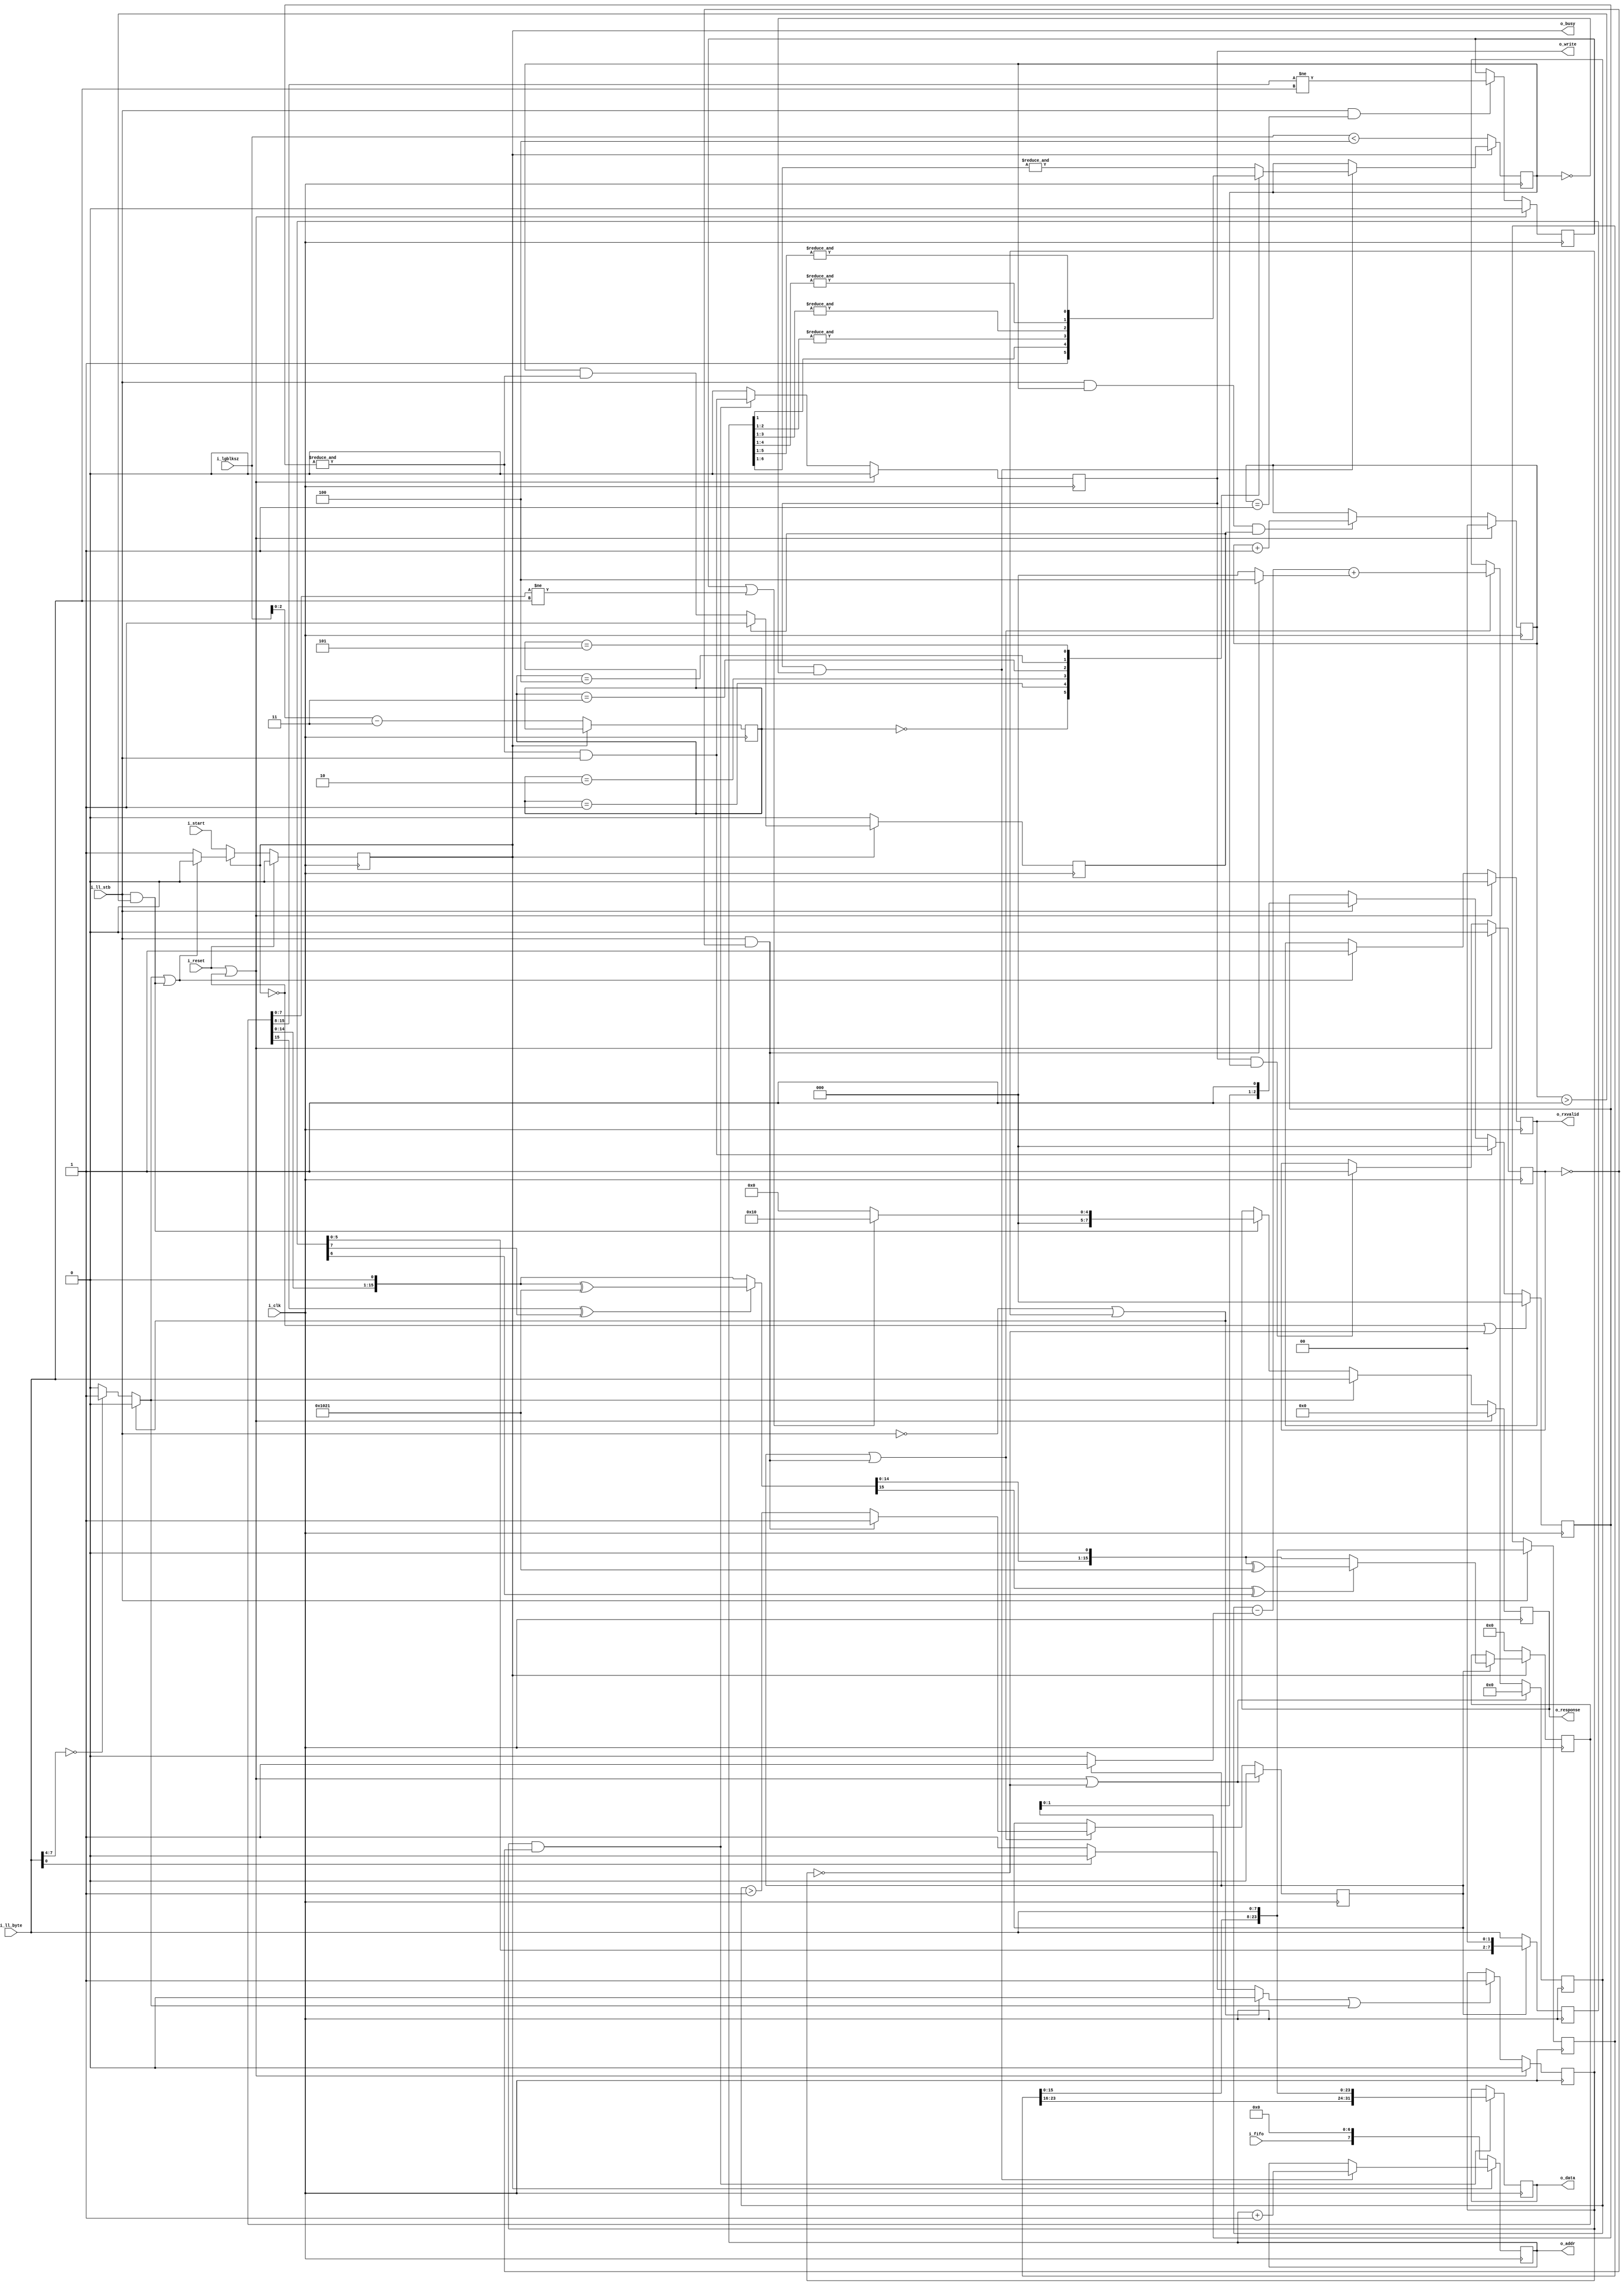
////////////////////////////////////////////////////////////////////////////////
//
//
// Project:	SD-Card controller, using a shared SPI interface
//
// Purpose:	To handle all of the processing associated with receiving data
//		from an SD card via the lower-level SPI processor, and then
//	issuing write commands to our internal memory store (external to this
//	module).
//
// Creator:	Dan Gisselquist, Ph.D.
//		Gisselquist Technology, LLC
//
////////////////////////////////////////////////////////////////////////////////
//
// Copyright (C) 2019-2020, Gisselquist Technology, LLC
//
// This program is free software (firmware): you can redistribute it and/or
// modify it under the terms of  the GNU General Public License as published
// by the Free Software Foundation, either version 3 of the License, or (at
// your option) any later version.
//
// This program is distributed in the hope that it will be useful, but WITHOUT
// ANY WARRANTY; without even the implied warranty of MERCHANTIBILITY or
// FITNESS FOR A PARTICULAR PURPOSE.  See the GNU General Public License
// for more details.
//
// You should have received a copy of the GNU General Public License along
// with this program.  (It's in the $(ROOT)/doc directory, run make with no
// target there if the PDF file isn't present.)  If not, see
// <http://www.gnu.org/licenses/> for a copy.
//
// License:	GPL, v3, as defined and found on www.gnu.org,
//		http://www.gnu.org/licenses/gpl.html
//
//
////////////////////////////////////////////////////////////////////////////////
//
//
`default_nettype none
//
module spirxdata(i_clk, i_reset, i_start, i_lgblksz, i_fifo, o_busy,
		i_ll_stb, i_ll_byte,
		o_write, o_addr, o_data,
		o_rxvalid, o_response);
	parameter	DW = 32, AW = 8;
	localparam	CRC_POLYNOMIAL = 16'h1021;
	//
	input	wire		i_clk, i_reset;
	//
	input	wire		i_start;
	input	wire	[3:0]	i_lgblksz;
	input	wire		i_fifo;
	output	reg		o_busy;
	//
	input	wire		i_ll_stb;
	input	wire [7:0]	i_ll_byte;
	//
	output	reg 		o_write;
	output	reg [AW-1:0]	o_addr;
	output	reg [DW-1:0]	o_data;
	//
	output	reg 		o_rxvalid;
	output	reg [7:0]	o_response;


	reg		error_token, start_token, token, received_token, done,
			lastaddr;
	reg		all_mem_written, lastdata;

	reg	[1:0]	crc_byte;
	reg	[2:0]	r_lgblksz_m3;
	reg	new_data_byte;
	reg	[3:0]	crc_fill;
	reg	[7:0]	crc_gearbox;
	reg	[15:0]	next_crc_data;
	reg	[15:0]	crc_data;
	reg		crc_err, crc_active;
	reg	[2:0]	fill;
	reg	[23:0]	gearbox;


	always @(*)
	begin
		error_token = 0;

		if (i_ll_byte[7:4] == 0)
			error_token = 1;
		if (!i_ll_stb || received_token)
			error_token = 0;
	end

	always @(*)
	begin
		start_token = 0;

		if (!i_ll_byte[0])
			start_token = 1;
		if (!i_ll_stb || received_token)
			start_token = 0;
	end

	always @(*)
		token = (start_token || error_token);

	always @(*)
		done = (i_ll_stb && (crc_byte>1));


	initial	received_token = 0;
	always @(posedge i_clk)
	if (i_reset || !o_busy)
		received_token <= 0;
	else if (token)
		received_token <= 1;

	initial	o_busy = 0;
	always @(posedge i_clk)
	if (i_reset)
		o_busy <= 0;
	else if (!o_busy)
		o_busy <= i_start;
	else if (error_token || done)
		o_busy <= 0;

	initial	o_rxvalid = 0;
	always @(posedge i_clk)
	if (i_reset || !o_busy)
		o_rxvalid <= 0;
	else if (error_token || done)
		o_rxvalid <= 1;

	initial	o_response = 0;
	always @(posedge i_clk)
	if (i_reset || !o_busy)
		o_response <= 0;
	else if (error_token)
		o_response <= i_ll_byte;
	else if (done)
		o_response <= (crc_err || (crc_data[7:0] != i_ll_byte)) ? 8'h10 : 0;

	initial	o_write = 0;
	always @(posedge i_clk)
	if (i_reset || !o_busy)
		o_write <= 0;
	else if (received_token && !all_mem_written)
		o_write <= (&fill) && i_ll_stb;
	else
		o_write <= 0;

	initial	o_write = 0;
	always @(posedge i_clk)
	if (received_token && !all_mem_written)
		o_data <= { gearbox, i_ll_byte };

	always @(posedge i_clk)
	if (!o_busy)
		o_addr <= { i_fifo, {(AW-1){1'b0}} };
	else if (o_write && !lastaddr)
		o_addr <= o_addr + 1;

	initial	fill = 0;
	always @(posedge i_clk)
	begin
		if (i_ll_stb)
			gearbox <= { gearbox[15:0], i_ll_byte };

		if (!o_busy || !received_token)
			fill <= 0;
		else if ((&fill) && i_ll_stb)
			fill <= 0;
		else if (i_ll_stb)
			fill <= { fill[1:0], 1'b1 };
	end

	always @(posedge i_clk)
	if (!o_busy)
		lastdata <= 0;
	else if (!lastdata)
		lastdata <= (lastaddr && (&fill));

	initial	all_mem_written = 0;
	always @(posedge i_clk)
	if (i_reset || !o_busy)
		all_mem_written <= 0;
	else if (o_write && lastaddr)
		all_mem_written <= 1;

	initial	crc_byte = 0;
	always @(posedge i_clk)
	if (i_reset || !o_busy)
		crc_byte <= 0;
	else if (i_ll_stb && lastaddr && lastdata)
		crc_byte <= crc_byte + 1;

	initial	r_lgblksz_m3 = 0;
	initial	lastaddr = 0;
	always @(posedge i_clk)
	if (!o_busy)
	begin
		lastaddr <= (i_lgblksz < 4);
		// Verilator lint_off WIDTH
		r_lgblksz_m3 <= i_lgblksz-3;
		// Verilator lint_on WIDTH
	end else if (o_write && !lastaddr)
	begin
		case(r_lgblksz_m3)
		0: lastaddr <= 1;		//   8 bytes
		1: lastaddr <= (&o_addr[1:1]);	//  16 bytes
		2: lastaddr <= (&o_addr[2:1]);	//  32 bytes
		3: lastaddr <= (&o_addr[3:1]);	//  64 bytes
		4: lastaddr <= (&o_addr[4:1]);	// 128 bytes
		5: lastaddr <= (&o_addr[5:1]);	// 256 bytes
		default: lastaddr <= (&o_addr[6:1]);	// 512 bytes
		endcase
	end

	////////////////////////////////////////////////////////////////////////
	//
	// CRC calculation
	//

	always @(*)
		new_data_byte = (i_ll_stb && !all_mem_written);


	initial	crc_fill   = 0;
	initial	crc_active = 0;
	always @(posedge i_clk)
	if (i_reset || !o_busy || !received_token)
	begin
		crc_fill <= 0;
		crc_active <= 0;
	end else if (crc_active || new_data_byte)
	begin
		// Verilator lint_off WIDTH
		crc_fill <= crc_fill - (crc_active ? 1:0)
					+ (new_data_byte ? 4:0);
		// Verilator lint_on WIDTH
		if (new_data_byte)
			crc_active <= 1;
		else
			crc_active <= (crc_fill > 1);
	end

	always @(posedge i_clk)
	if (!crc_active)
		crc_gearbox <= i_ll_byte;
	else
		crc_gearbox <= { crc_gearbox[8-3:0], 2'b00 };


	reg	[15:0]	first_crc_data;

	always @(*)
	begin
		first_crc_data = crc_data << 1;;

		if (crc_data[15] ^ crc_gearbox[7])
			first_crc_data = first_crc_data ^ CRC_POLYNOMIAL;

		if (first_crc_data[15] ^ crc_gearbox[6])
			next_crc_data = (first_crc_data << 1) ^ CRC_POLYNOMIAL;
		else
			next_crc_data = (first_crc_data << 1);
	end

	initial	crc_data = 0;
	always @(posedge i_clk)
	if (!o_busy)
		crc_data <= 0;
	else if (crc_active)
		crc_data <= next_crc_data;

	initial	crc_err = 0;
	always @(posedge i_clk)
	if (i_reset || !o_busy)
		crc_err <= 0;
	else if (i_ll_stb && (crc_byte == 1))
		crc_err <= (crc_data[15:8] != i_ll_byte);
	// else if (i_ll_stb && (crc_byte == 2)
	//	crc_err <= (crc_data[7:0] != i_ll_byte);

`ifdef	FORMAL
`ifdef	SPIRXDATA
`define	ASSUME	assume
`else
`define	ASSUME	assert
`endif

	reg		f_past_valid;
	reg	[3:0]	f_lgblksz;
	wire	[3:0]	f_lgblksz_m3;
	reg		f_fifo;


	initial	f_past_valid = 0;
	always @(posedge i_clk)
		f_past_valid <= 1;

	// Reset check(s)
	always @(posedge i_clk)
	if (!f_past_valid || $past(i_reset))
	begin
		assert(!o_busy);
		assert(o_write  == 0);
	end

	always @(posedge i_clk)
	if (!f_past_valid || !$past(o_busy))
	begin
		assert(!o_rxvalid);
		assert(crc_fill == 0);
	end

	always @(*)
	if (!o_busy)
		assert(!o_write);

	////////////////////////////////////////////////////////////////////////
	//
	// Data assumptions
	//
	reg	[6:0]	f_last_read;

	initial	f_last_read = 0;
	always @(posedge i_clk)
	begin
		f_last_read <= f_last_read << 1;
		if (i_ll_stb)
			f_last_read[0] <= 1;
	end

`ifdef	VERIFIC
	always @(*)
		`ASSUME($onehot0({f_last_read, i_ll_stb}));
`else
	always @(*)
	case({f_last_read, i_ll_stb})
	8'h00: begin end
	8'h01: begin end
	8'h02: begin end
	8'h04: begin end
	8'h08: begin end
	8'h10: begin end
	8'h20: begin end
	8'h40: begin end
	8'h80: begin end
	default: `ASSUME(0);
	endcase
`endif

	always @(*)
	if (!o_busy && i_start)
	begin
		`ASSUME(i_lgblksz <= 9);
		`ASSUME(i_lgblksz >= 3);
	end

	////////////////////////////////////////////////////////////////////////
	//
	// Induction assertions
	//

	always @(*)
	if (o_busy)
		assert(crc_active == (crc_fill > 0));

	always @(*)
	if (o_write)
		assert(fill == 0);

	always @(*)
	if (o_busy && crc_byte > 0)
	begin
		assert(lastaddr);
		assert(all_mem_written || o_write);
		assert(lastdata);
	end

	always @(*)
	if (o_busy && all_mem_written)
	begin
		assert(lastaddr);
		assert(lastdata);
	end

	always @(*)
	if (o_busy && lastdata)
	begin
		assert(lastaddr);
		assert((&fill) || o_write || all_mem_written);
	end

	always @(posedge i_clk)
	if (!o_busy)
	begin
		f_lgblksz <= i_lgblksz;
		f_fifo <= i_fifo;
	end

	assign	f_lgblksz_m3 = f_lgblksz - 3;

	always @(*)
	if (o_busy)
	begin
		assert(f_lgblksz >= 3);
		assert(f_lgblksz <= 9);

		assert(o_addr[AW-1] == f_fifo);

		if (!received_token)
		begin
			assert((f_lgblksz == 3) || !lastaddr);
			assert(o_addr[AW-2:0] == 0);
			assert(fill == 0);
		end
	end

	always @(*)
	if (o_busy)
		assert(f_lgblksz_m3[2:0] == r_lgblksz_m3);

	always @(*)
	if (o_busy)
	case(r_lgblksz_m3)
	3'h0: assert(lastaddr);			//   8 bytes
	3'h1: assert(lastaddr == (&o_addr[1:0]));	//  16 bytes
	3'h2: assert(lastaddr == (&o_addr[2:0]));	//  32 bytes
	3'h3: assert(lastaddr == (&o_addr[3:0]));	//  64 bytes
	3'h4: assert(lastaddr == (&o_addr[4:0]));	// 128 bytes
	3'h5: assert(lastaddr == (&o_addr[5:0]));	// 256 bytes
	default: assert(lastaddr == (&o_addr[AW-2:0]));
	endcase

	always @(*)
	if (o_busy)
	case(r_lgblksz_m3)
	3'h0: assert(o_addr[AW-2:1] == 0);	//   8 bytes
	3'h1: assert(o_addr[AW-2:2] == 0);	//  16 bytes
	3'h2: assert(o_addr[AW-2:3] == 0);	//  32 bytes
	3'h3: assert(o_addr[AW-2:4] == 0);	//  64 bytes
	3'h4: assert(o_addr[AW-2:5] == 0);	// 128 bytes
	3'h5: assert(o_addr[AW-2:6] == 0);	// 256 bytes
	default: begin end // assert(lastaddr == (&o_addr[AW-2:0]));
	endcase

	always @(*)
	if (fill != 0)
	begin
		assert(fill[0]);
		if (!fill[1])
			assert(fill[2] == 0);
	end

	////////////////////////////////////////////////////////////////////////
	//
	// CRC checks and properties
	always @(*)
		assert(crc_fill <= 4);

	always @(*)
	if (o_busy && !received_token)
	begin
		assert(!crc_active);
		assert(crc_fill == 0);
		assert(crc_data == 0);
	end

	always @(*)
	if (crc_active)
	begin
		if (crc_data == 0 && crc_gearbox[7:6] == 0)
			assert(next_crc_data == 0);

		if ((crc_data[15] ^ crc_gearbox[7])
			&&((crc_data[14] ^ crc_gearbox[6])==0))
			assert(next_crc_data == ({ crc_data[13:0], 2'b00 } ^ { CRC_POLYNOMIAL[14:0], 1'b0 }));

		if (((crc_data[15] ^ crc_gearbox[7])==0)
			&&(crc_data[14] ^ crc_gearbox[6]))
			assert(next_crc_data == ({ crc_data[13:0], 2'b00 } ^ CRC_POLYNOMIAL[14:0]));
	end


/*
	reg	[5:0]		f_read_seq;
	(* anyseq *) reg	f_read_check;
	reg	[DW-1:0]	f_read_data;

	always @(posedge i_clk)
	if (rdvalid[RDDELAY-1])
		f_read_data <= i_data;

	always @(*)
	if (f_read_seq != 0)
		assume(!f_read_check);

	initial	f_read_seq = 0;
	always @(posedge i_clk)
	if (!o_busy)
		f_read_seq <= 0;
	else if (f_read_check && o_read)
		f_read_seq <= 1;
	else if (rdvalid != 0)
	begin
		if (rdvalid[RDDELAY-1])
			f_read_seq <= 2;
	end else if (!i_ll_busy)
		f_read_seq <= (f_read_seq << 1);

	always @(*)
	if (i_reset || !o_busy || (f_read_seq == 0))
	begin end
	else case(f_read_seq)
	6'h01: begin
		assert(rdvalid != 0);
		assert(fill == 5'h10);
		end
	6'h02: begin
		assert(rdvalid == 0);
		assert(fill == 5'h1f);
		assert(gearbox[DW-1:0] == f_read_data);
		end
	6'h04: begin
		assert(rdvalid == 0);
		assert(fill == 5'h1e);
		assert(gearbox[8+DW-1:8] == f_read_data);
		end
	6'h08: begin
		assert(rdvalid == 0);
		assert(fill == 5'h1c);
		assert(gearbox[8+DW-1:16] == f_read_data[23:0]);
		end
	6'h10: begin
		assert(rdvalid == 0);
		assert(fill == 5'h18);
		assert(gearbox[8+DW-1:24] == f_read_data[15:0]);
		end
	6'h20: begin
		assert(fill[4]);
		assert(gearbox[8+DW-1:DW] == f_read_data[7:0]);
		end
	default: assert($onehot0(f_read_seq));
	endcase
*/

`ifdef	SPIRXDATA
	////////////////////////////////////////////////////////////////////////
	//
	// Cover properties
	//
	reg	cvr_packet_received;

	always @(*)
	if (!received_token)
	begin
		cover(error_token);
		cover(start_token);
	end

	initial	cvr_packet_received = 0;
	always @(posedge i_clk)
	if (i_reset || error_token)
		cvr_packet_received <= 0;
	else if (o_rxvalid)
		cvr_packet_received <= 1;

	always @(posedge i_clk)
	begin
		cover(o_rxvalid);
		cover(o_rxvalid && all_mem_written);
		cover(o_rxvalid && f_lgblksz == 4 && all_mem_written);
		cover(o_rxvalid && f_lgblksz == 4 && o_response == 0);
		cover(o_rxvalid && f_lgblksz == 4 && o_response == 0 && all_mem_written);

		cover(o_busy && f_lgblksz == 4 && o_addr == 8'h01);
		cover(o_busy && f_lgblksz == 4 && o_addr == 8'h02);
		cover(o_busy && f_lgblksz == 4 && o_addr == 8'h03);
		cover(o_busy && crc_byte == 0);
		cover(o_busy && crc_byte == 1);
		cover(o_busy && crc_byte == 2);
		cover(o_busy && crc_byte == 1 && i_ll_stb);
		cover(o_busy && crc_byte == 2 && i_ll_stb);

		cover(cvr_packet_received && !o_busy);
	end
`endif	// SPIRXDATA
`endif	// FORMAL
endmodule